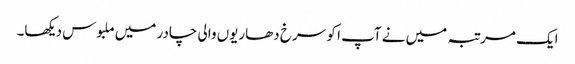
ایک مرتبہ میں نے آپ ا کو سرخ دھاریوں والی چادر میں ملبوس دیکھا۔